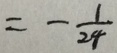
= - \frac { 1 } { 2 4 }